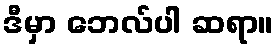
ဒီမှာ ဘေလ်ပါ ဆရာ။